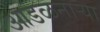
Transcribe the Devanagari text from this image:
आडळनाऱ्या